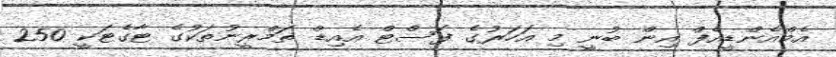
އެމްއެންޑީއެފް އިން ބުނީ މި އަހަރުގެ ފަސްޓް އެއިޑް ތަމްރީނުތަކުގެ ޓާގެޓަކީ 250